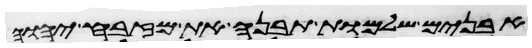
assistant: אבנים שלמות תבנה את מזבח יהוה